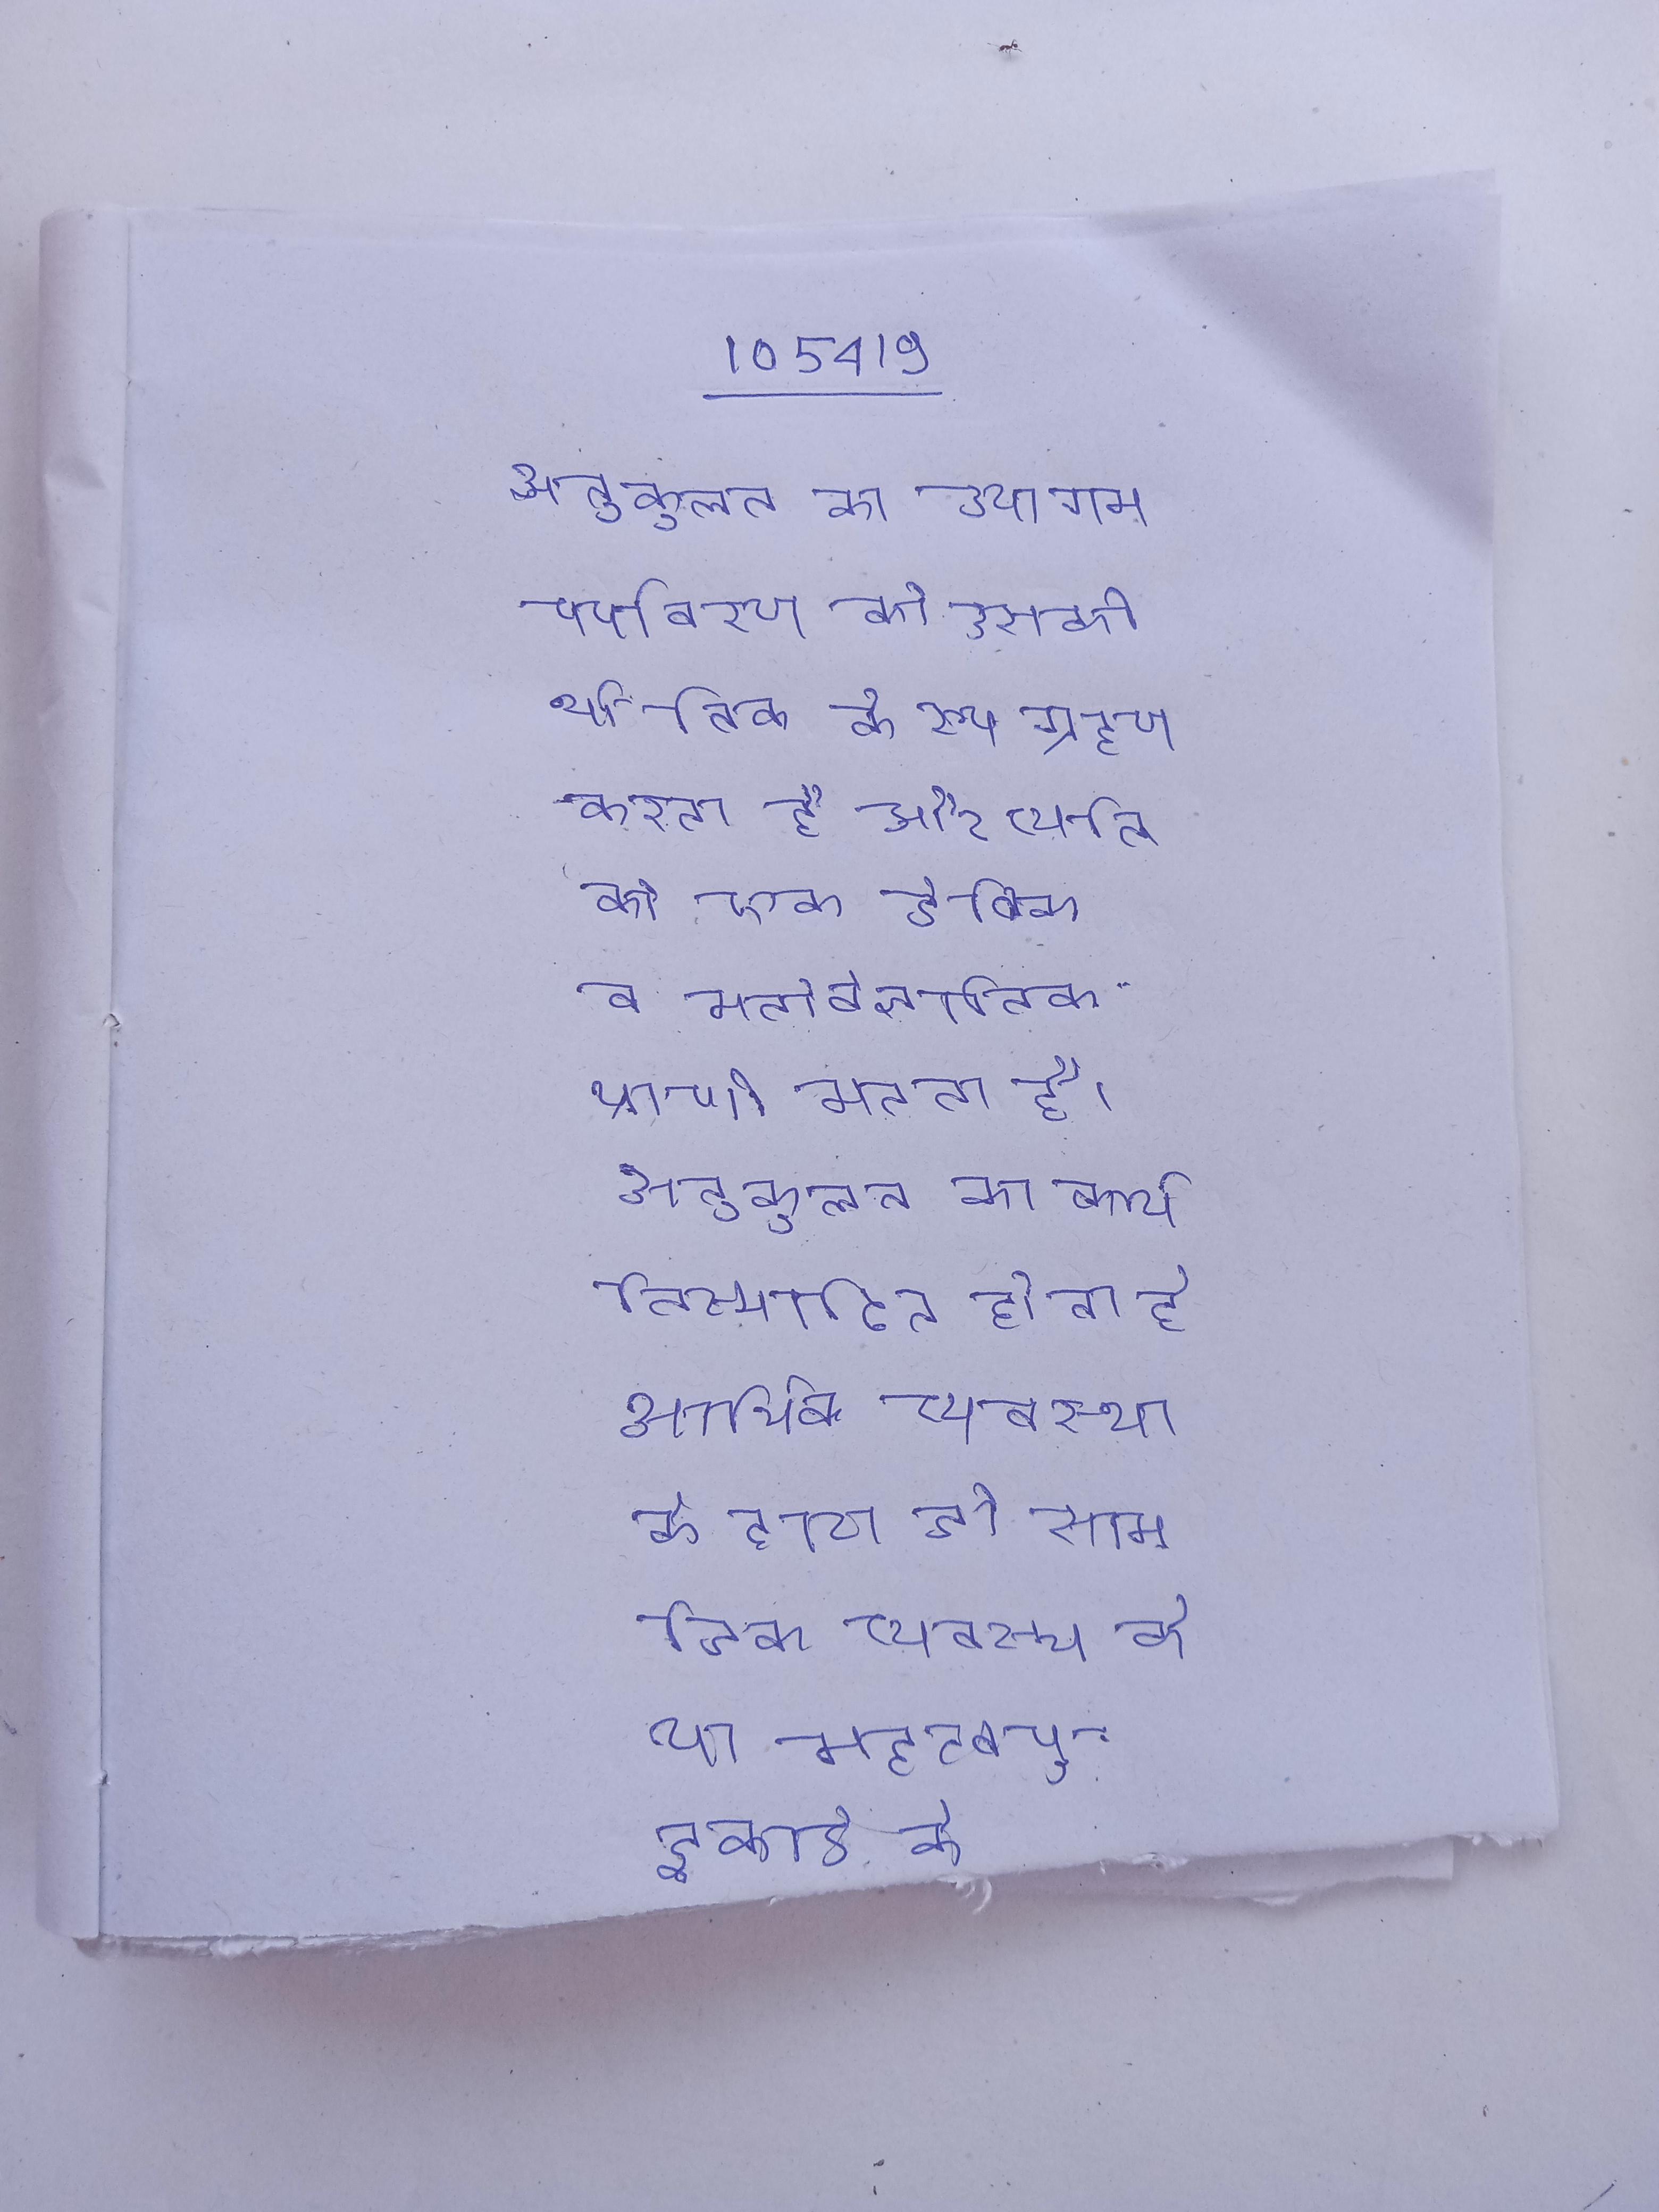
अनुकूलन का उपागम पर्यावरण को उसकी भौतिक के रूप ग्रहण करता है और व्यक्ति को एक जैविक व मनोवैज्ञानिक प्राणी मानता है । अनुकूलन का कार्य निस्पादित होता है आर्थिक व्यवस्था के द्वारा जो सामाजिक व्यवस्था के या महत्वपूर्ण इकाई के रूप कार्य करता है ।